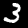
Label: 3